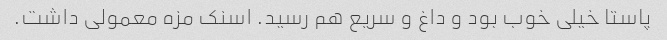
پاستا خیلی خوب بود و داغ و سریع هم رسید. اسنک مزه معمولی داشت.